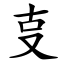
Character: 㕝